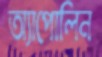
অ্যাপোলিন